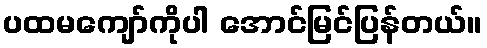
ပထမကျော်ကိုပါ အောင်မြင်ပြန်တယ်။